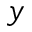
\boldsymbol { y }